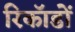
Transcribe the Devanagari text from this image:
रिकॉडों